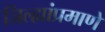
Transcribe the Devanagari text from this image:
जिल्ह्यांप्रमाणे